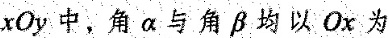
xOy中，角α与角β均以Ox为